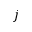
j